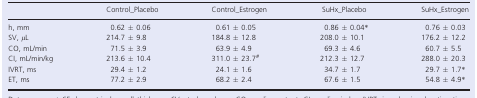
<table><thead><tr><td></td><td><b>Control_Placebo</b></td><td><b>Control_Estrogen</b></td><td><b>SuHx_Placebo</b></td><td><b>SuHx_Estrogen</b></td></tr></thead><tbody><tr><td>h, mm</td><td>0.62 ± 0.06</td><td>0.61 ± 0.05</td><td>0.86 ± 0.04a</td><td>0.76 ± 0.03</td></tr><tr><td>SV, <i>μ</i>L</td><td>214.7 ± 9.8</td><td>184.8 ± 12.8</td><td>208.0 ± 10.1</td><td>176.2 ± 12.2</td></tr><tr><td>CO, mL/min </td><td>71.5 ± 3.9</td><td>63.9 ± 4.9</td><td>69.3 ± 4.6</td><td>60.7 ± 5.5</td></tr><tr><td>CI, mL/min/kg </td><td>213.6 ± 10.4</td><td>311.0 ± 23.7b</td><td>212.3 ± 12.7</td><td>288.0 ± 20.3</td></tr><tr><td>IVRT, ms</td><td>29.4 ± 1.2</td><td>24.1 ± 1.6</td><td>34.7 ± 1.7</td><td>29.7 ± 1.7a</td></tr><tr><td>ET, ms</td><td>77.2 ± 2.9</td><td>68.2 ± 2.4</td><td>67.6 ± 1.5</td><td>54.8 ± 4.9a</td></tr></tbody></table>